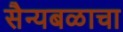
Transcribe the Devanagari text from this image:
सैन्यबळाचा